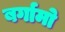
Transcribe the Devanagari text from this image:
बर्गामो